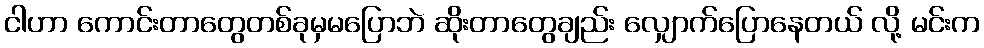
ငါဟာ ကောင်းတာတွေတစ်ခုမှမပြောဘဲ ဆိုးတာတွေချည်း လျှောက်ပြောနေတယ် လို့ မင်းက